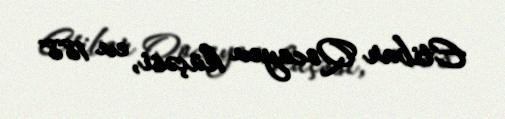
Etibar Qocayev küçəsi, ev 188